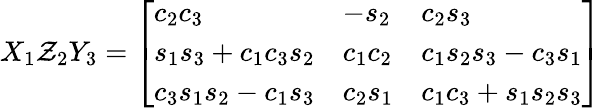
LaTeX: X_{1}\mathcal{Z}_{2}Y_{3}={\left[\begin{array}{lll}{c_{2}c_{3}}&{-s_{2}}&{c_{2}s_{3}}\\ {s_{1}s_{3}+c_{1}c_{3}s_{2}}&{c_{1}c_{2}}&{c_{1}s_{2}s_{3}-c_{3}s_{1}}\\ {c_{3}s_{1}s_{2}-c_{1}s_{3}}&{c_{2}s_{1}}&{c_{1}c_{3}+s_{1}s_{2}s_{3}}\end{array}\right]}